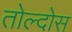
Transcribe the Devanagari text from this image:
तोल्दोस